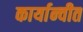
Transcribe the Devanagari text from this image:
कार्यान्‍वीत